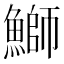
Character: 鰤